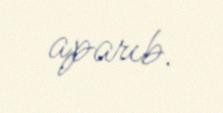
aparıb.